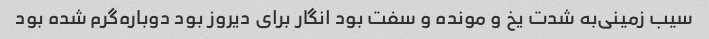
سیب زمینی‌به شدت یخ و مونده و سفت بود انگار برای دیروز بود دوباره‌گرم شده بود